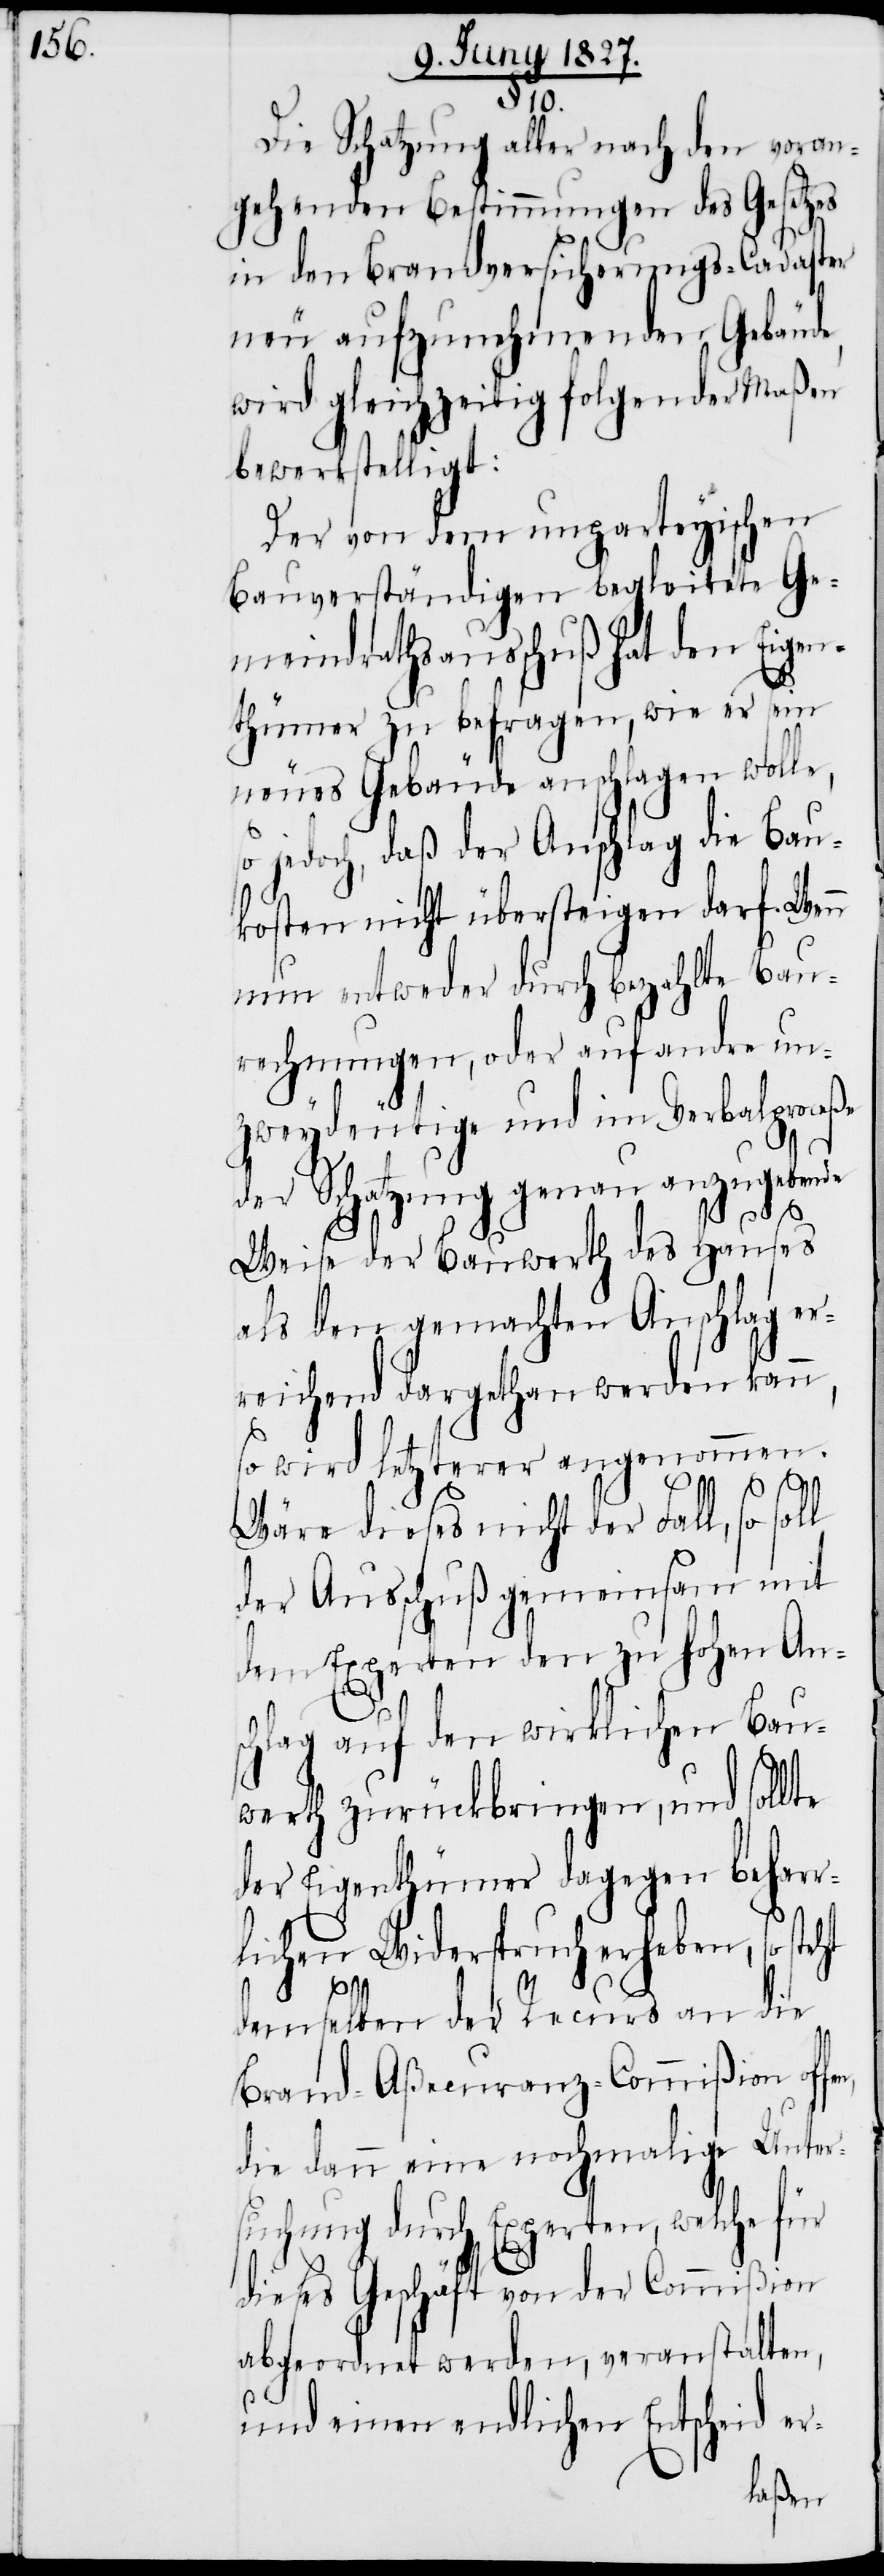
§. 10.
Die Schatzung aller nach den voran¬
gehenden Bestimmungen des Gesetzes
in den Brandversicherungs-Cadaster
neu aufzunehmenden Gebäude,
wird gleichzeitig folgender Maßen
bewerkstelligt:
Der von dem unparteyischen
Bauverständigen begleitete Ge¬
meindrathsausschuß hat den Eigen¬
thümer zu befragen, wie er sein
neues Gebäude anschlagen wolle,
so jedoch, daß der Anschlag die Bau¬
kosten nicht übersteigen darf. Wenn
nun entweder durch bezahlte Bau¬
rechnungen, oder auf andere un¬
zweydeutige und im Verbalproceße
der Schatzung genau anzugebende
Weise der Bauwerth des Hauses
als den gemachten Anschlag er¬
reichend dargethan werden kann,
so wird letzterer angenommen.
Wäre dieses nicht der Fall, so soll
der Ausschuß gemeinsam mit
dem Experten dem zu hohen An¬
schlag auf den wirklichen Bau¬
werth zurückbringen, und sollte
der Eigenthümer dagegen beharr¬
lichen Widerspruch erheben, so steht
en,
demselben der Recurs an die
Brand-Aßecuranz-Commißion off¬
die dann eine nochmalige Unter¬
suchung durch Experten, welche für
dieses Geschäft von der Commißion
abgeordnet werden, veranstalten,
und einen endlichen Entscheid er-